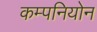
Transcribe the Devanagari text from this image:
कम्पनियोन